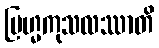
ဗြဟ္မကုသလဿာတိ